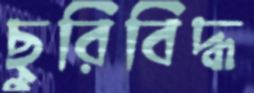
ছুরিবিদ্ধ